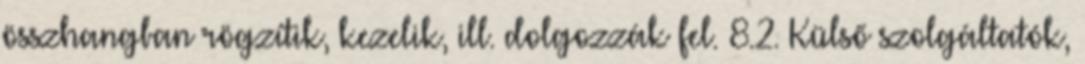
összhangban rögzítik, kezelik, ill. dolgozzák fel. 8.2. Külső szolgáltatók,